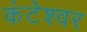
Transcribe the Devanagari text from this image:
कंटेश्वर